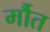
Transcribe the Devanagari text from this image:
र्मौत